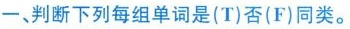
一、判断下列每组单词是(T)否(F)同类。